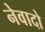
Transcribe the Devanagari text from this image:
नेवादो